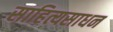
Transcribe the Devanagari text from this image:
साहित्यसाधन